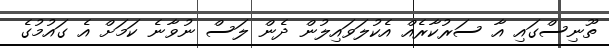
ތޫނިސްގައި އާ ސަރުކާރެއް އެކުލަވައިލުން ދެން ލަސް ނުވާނެ ކަމަށް އެ ގައުމުގެ